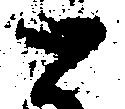
と